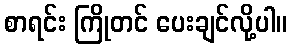
စာရင်း ကြိုတင် ပေးချင်လို့ပါ။